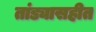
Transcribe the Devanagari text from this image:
तांड्यासहीत